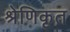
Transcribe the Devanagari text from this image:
श्रेणिकृत